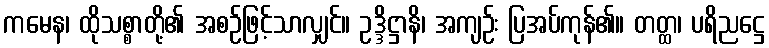
ကမေန၊ ထိုသစ္စာတို့၏ အစဉ်ဖြင့်သာလျှင်။ ဥဒ္ဒိဋ္ဌာနိ၊ အကျဉ်း ပြအပ်ကုန်၏။ တတ္ထ၊ ပရိညဋ္ဌေ